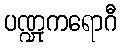
ပဏ္ဍုကရောဂီ